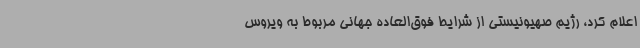
اعلام کرد، رژیم صهیونیستی از شرایط فوق‌العاده جهانی مربوط به ویروس